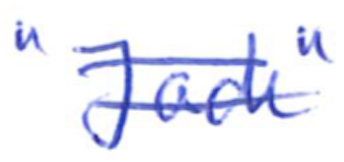
Text: "Jack"
Cross-out: double-line
Writing tool: ballpoint